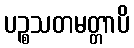
ပဉ္စသတမတ္တာပိ